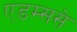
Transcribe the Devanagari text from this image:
एडम्ससे